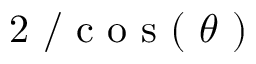
\mathrm { ~ 2 ~ / ~ c ~ o ~ s ~ ( ~ } \theta \mathrm { ~ ) ~ }